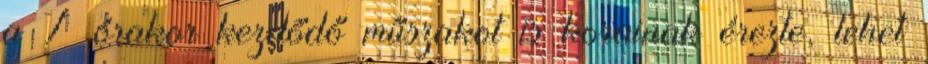
a 7 órakor kezdődő műszakot is korainak érezte, lehet